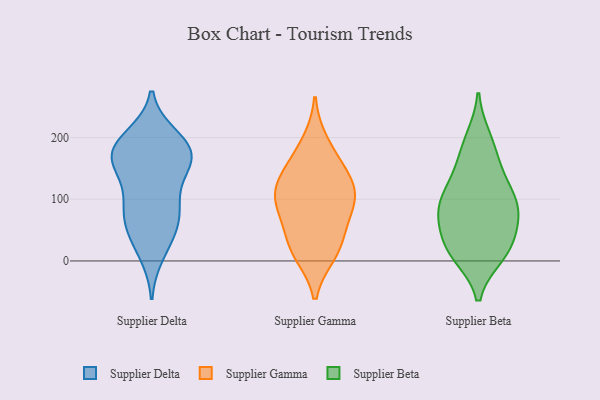
{"axis": {"x": "Conversion Rate (%)", "y": "Value"}, "legend": ["Supplier Beta", "Supplier Delta", "Supplier Gamma"], "data": [{"x": "", "y": 57, "type": "Supplier Delta"}, {"x": "", "y": 66, "type": "Supplier Delta"}, {"x": "", "y": 156, "type": "Supplier Delta"}, {"x": "", "y": 13, "type": "Supplier Delta"}, {"x": "", "y": 34, "type": "Supplier Delta"}, {"x": "", "y": 91, "type": "Supplier Delta"}, {"x": "", "y": 164, "type": "Supplier Delta"}, {"x": "", "y": 173, "type": "Supplier Delta"}, {"x": "", "y": 200, "type": "Supplier Delta"}, {"x": "", "y": 182, "type": "Supplier Delta"}, {"x": "", "y": 78, "type": "Supplier Delta"}, {"x": "", "y": 172, "type": "Supplier Delta"}, {"x": "", "y": 193, "type": "Supplier Delta"}, {"x": "", "y": 140, "type": "Supplier Delta"}, {"x": "", "y": 98, "type": "Supplier Delta"}, {"x": "", "y": 175, "type": "Supplier Delta"}, {"x": "", "y": 192, "type": "Supplier Gamma"}, {"x": "", "y": 110, "type": "Supplier Gamma"}, {"x": "", "y": 86, "type": "Supplier Gamma"}, {"x": "", "y": 30, "type": "Supplier Gamma"}, {"x": "", "y": 12, "type": "Supplier Gamma"}, {"x": "", "y": 90, "type": "Supplier Gamma"}, {"x": "", "y": 155, "type": "Supplier Gamma"}, {"x": "", "y": 147, "type": "Supplier Gamma"}, {"x": "", "y": 116, "type": "Supplier Gamma"}, {"x": "", "y": 60, "type": "Supplier Gamma"}, {"x": "", "y": 115, "type": "Supplier Gamma"}, {"x": "", "y": 16, "type": "Supplier Gamma"}, {"x": "", "y": 84, "type": "Supplier Beta"}, {"x": "", "y": 10, "type": "Supplier Beta"}, {"x": "", "y": 28, "type": "Supplier Beta"}, {"x": "", "y": 78, "type": "Supplier Beta"}, {"x": "", "y": 37, "type": "Supplier Beta"}, {"x": "", "y": 16, "type": "Supplier Beta"}, {"x": "", "y": 150, "type": "Supplier Beta"}, {"x": "", "y": 94, "type": "Supplier Beta"}, {"x": "", "y": 77, "type": "Supplier Beta"}, {"x": "", "y": 112, "type": "Supplier Beta"}, {"x": "", "y": 81, "type": "Supplier Beta"}, {"x": "", "y": 182, "type": "Supplier Beta"}, {"x": "", "y": 131, "type": "Supplier Beta"}, {"x": "", "y": 14, "type": "Supplier Beta"}, {"x": "", "y": 198, "type": "Supplier Beta"}]}